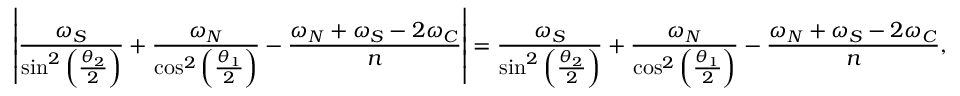
\left| \frac { \omega _ { S } } { \sin ^ { 2 } \left( \frac { \theta _ { 2 } } { 2 } \right) } + \frac { \omega _ { N } } { \cos ^ { 2 } \left( \frac { \theta _ { 1 } } { 2 } \right) } - \frac { \omega _ { N } + \omega _ { S } - 2 \omega _ { C } } { n } \right| = \frac { \omega _ { S } } { \sin ^ { 2 } \left( \frac { \theta _ { 2 } } { 2 } \right) } + \frac { \omega _ { N } } { \cos ^ { 2 } \left( \frac { \theta _ { 1 } } { 2 } \right) } - \frac { \omega _ { N } + \omega _ { S } - 2 \omega _ { C } } { n } ,